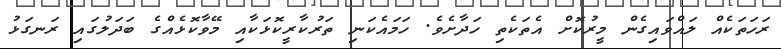
ރަހަތަކެއް ލައްވައިގެން މީރުކޮށް އެތަކެތި ހަދާށެވެ. ހަމައެކަނި ތަރުކާރީކޮޅަކާއި މޭވާކޮޅެއްގެ ބަދަލުގައި ރަނގަޅު